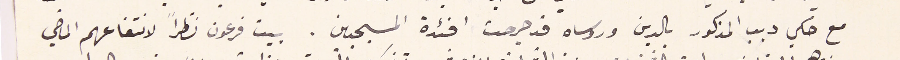
مع حكي ديب المذكور بالدين وروساه قد جرحت افئدة المسيحيين. بيت فرعون نظراً لانتفاعهم الماضي